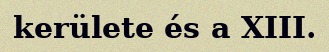
kerülete és a XIII.